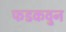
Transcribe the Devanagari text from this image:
फडकवुन